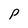
Character: P